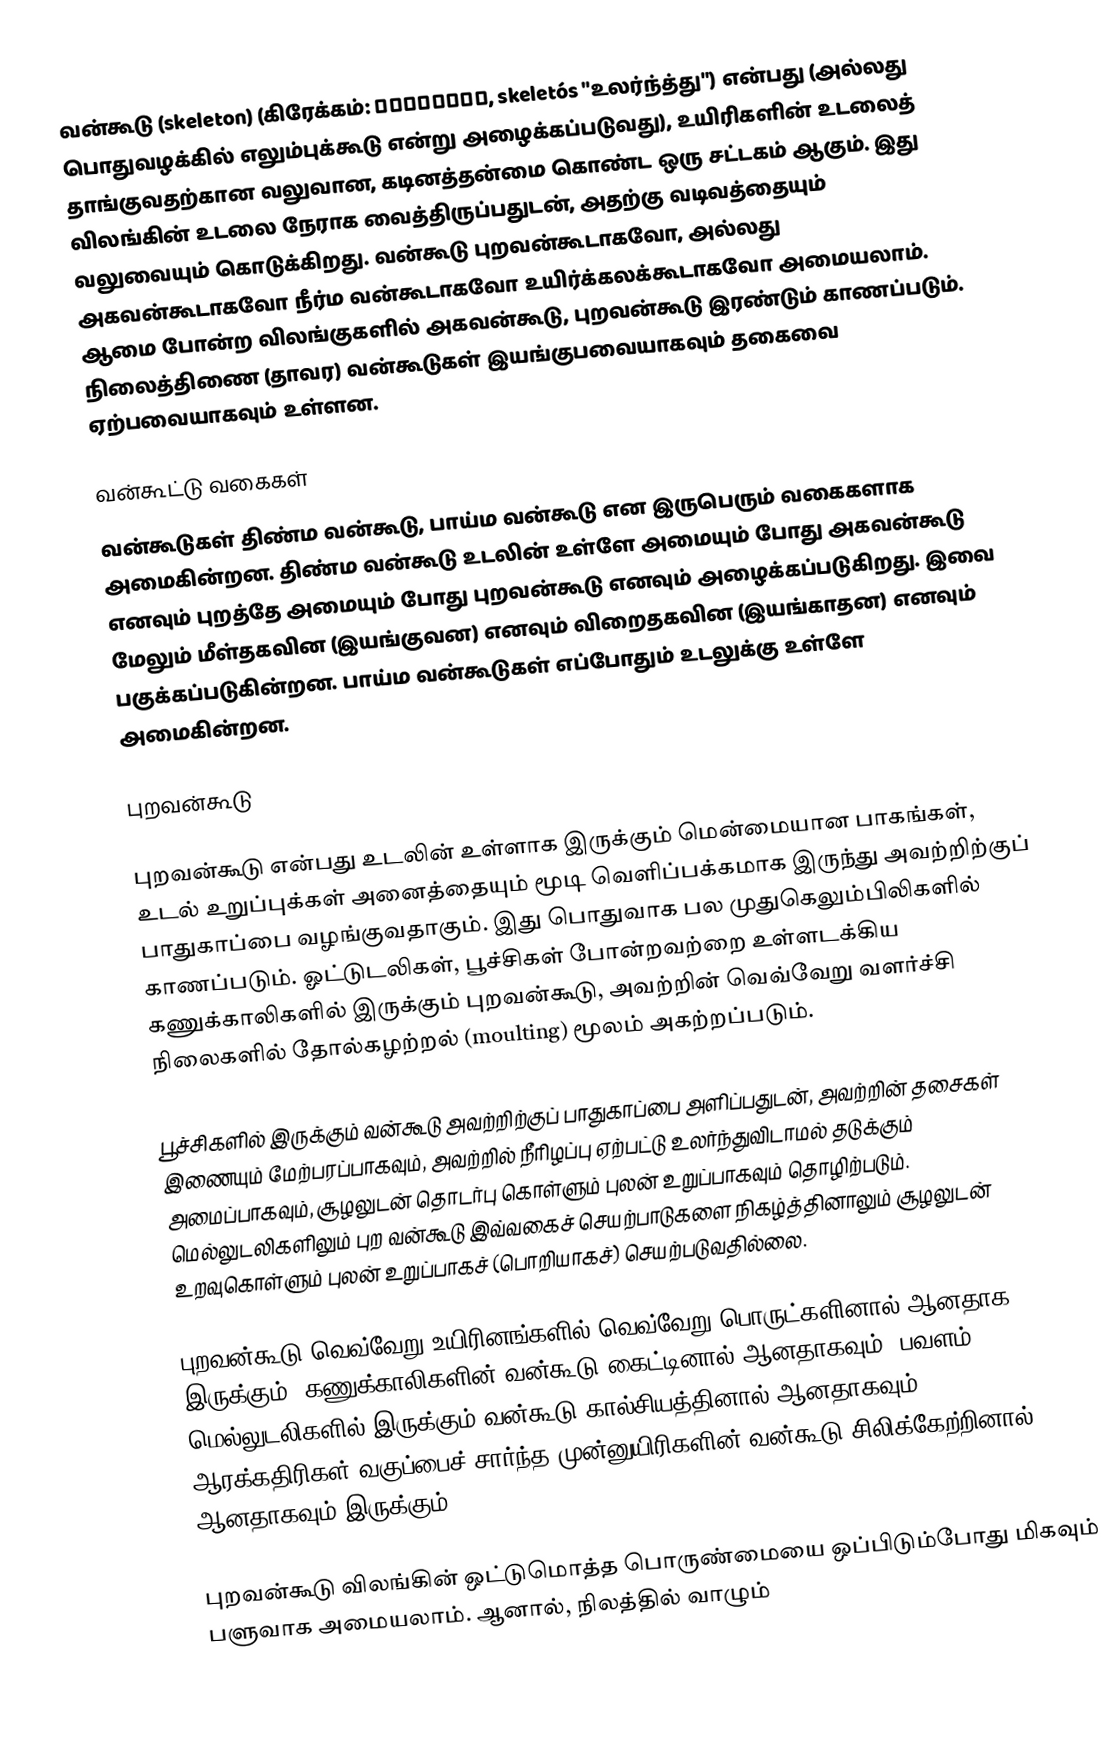
வன்கூடு (skeleton) (கிரேக்கம்: σκελετός, skeletós "உலர்ந்த்து") என்பது (அல்லது பொதுவழக்கில் எலும்புக்கூடு என்று அழைக்கப்படுவது), உயிரிகளின் உடலைத் தாங்குவதற்கான வலுவான, கடினத்தன்மை கொண்ட ஒரு சட்டகம் ஆகும். இது விலங்கின் உடலை நேராக வைத்திருப்பதுடன், அதற்கு வடிவத்தையும் வலுவையும் கொடுக்கிறது. வன்கூடு புறவன்கூடாகவோ, அல்லது அகவன்கூடாகவோ நீர்ம வன்கூடாகவோ உயிர்க்கலக்கூடாகவோ அமையலாம். ஆமை போன்ற விலங்குகளில் அகவன்கூடு, புறவன்கூடு இரண்டும் காணப்படும். நிலைத்திணை (தாவர) வன்கூடுகள் இயங்குபவையாகவும் தகைவை ஏற்பவையாகவும் உள்ளன.

வன்கூட்டு வகைகள்
வன்கூடுகள் திண்ம வன்கூடு, பாய்ம வன்கூடு என இருபெரும் வகைகளாக அமைகின்றன. திண்ம வன்கூடு உடலின் உள்ளே அமையும் போது அகவன்கூடு எனவும் புறத்தே அமையும் போது புறவன்கூடு எனவும் அழைக்கப்படுகிறது. இவை மேலும் மீள்தகவின (இயங்குவன) எனவும் விறைதகவின (இயங்காதன) எனவும் பகுக்கப்படுகின்றன. பாய்ம வன்கூடுகள் எப்போதும் உடலுக்கு உள்ளே அமைகின்றன.

புறவன்கூடு

புறவன்கூடு என்பது உடலின் உள்ளாக இருக்கும் மென்மையான பாகங்கள், உடல் உறுப்புக்கள் அனைத்தையும் மூடி வெளிப்பக்கமாக இருந்து அவற்றிற்குப் பாதுகாப்பை வழங்குவதாகும். இது பொதுவாக பல முதுகெலும்பிலிகளில் காணப்படும். ஓட்டுடலிகள், பூச்சிகள் போன்றவற்றை உள்ளடக்கிய கணுக்காலிகளில் இருக்கும் புறவன்கூடு, அவற்றின் வெவ்வேறு வளர்ச்சி நிலைகளில் தோல்கழற்றல் (moulting) மூலம் அகற்றப்படும்.

பூச்சிகளில் இருக்கும் வன்கூடு அவற்றிற்குப் பாதுகாப்பை அளிப்பதுடன், அவற்றின் தசைகள் இணையும் மேற்பரப்பாகவும், அவற்றில் நீரிழப்பு ஏற்பட்டு உலர்ந்துவிடாமல் தடுக்கும் அமைப்பாகவும், சூழலுடன் தொடர்பு கொள்ளும் புலன் உறுப்பாகவும் தொழிற்படும். மெல்லுடலிகளிலும் புற வன்கூடு இவ்வகைச் செயற்பாடுகளை நிகழ்த்தினாலும் சூழலுடன் உறவுகொள்ளும் புலன் உறுப்பாகச் (பொறியாகச்) செயற்படுவதில்லை.

புறவன்கூடு வெவ்வேறு உயிரினங்களில் வெவ்வேறு பொருட்களினால் ஆனதாக இருக்கும். கணுக்காலிகளின் வன்கூடு கைட்டினால் ஆனதாகவும், பவளம், மெல்லுடலிகளில் இருக்கும் வன்கூடு கால்சியத்தினால் ஆனதாகவும், ஆரக்கதிரிகள் வகுப்பைச் சார்ந்த முன்னுயிரிகளின் வன்கூடு சிலிக்கேற்றினால் ஆனதாகவும் இருக்கும்.

புறவன்கூடு விலங்கின் ஒட்டுமொத்த பொருண்மையை ஒப்பிடும்போது மிகவும் பளுவாக அமையலாம். ஆனால், நிலத்தில் வாழும்